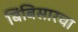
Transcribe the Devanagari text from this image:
बिंबिसारचा